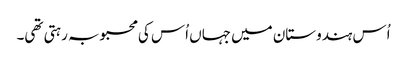
اُس ہندوستان میں جہاں اُس کی محبوبہ رہتی تھی۔